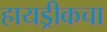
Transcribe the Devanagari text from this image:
हायड्रीकचा